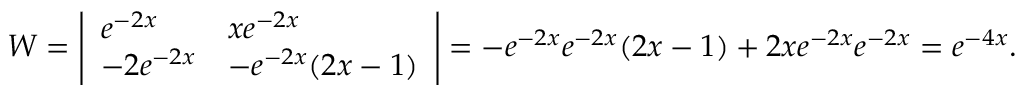
W = { \left| \begin{array} { l l } { e ^ { - 2 x } } & { x e ^ { - 2 x } } \\ { - 2 e ^ { - 2 x } } & { - e ^ { - 2 x } ( 2 x - 1 ) } \end{array} \right| } = - e ^ { - 2 x } e ^ { - 2 x } ( 2 x - 1 ) + 2 x e ^ { - 2 x } e ^ { - 2 x } = e ^ { - 4 x } .